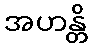
အဟန္တိ